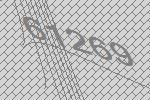
61269